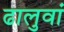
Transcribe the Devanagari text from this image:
ढालुवां